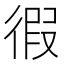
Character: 徦